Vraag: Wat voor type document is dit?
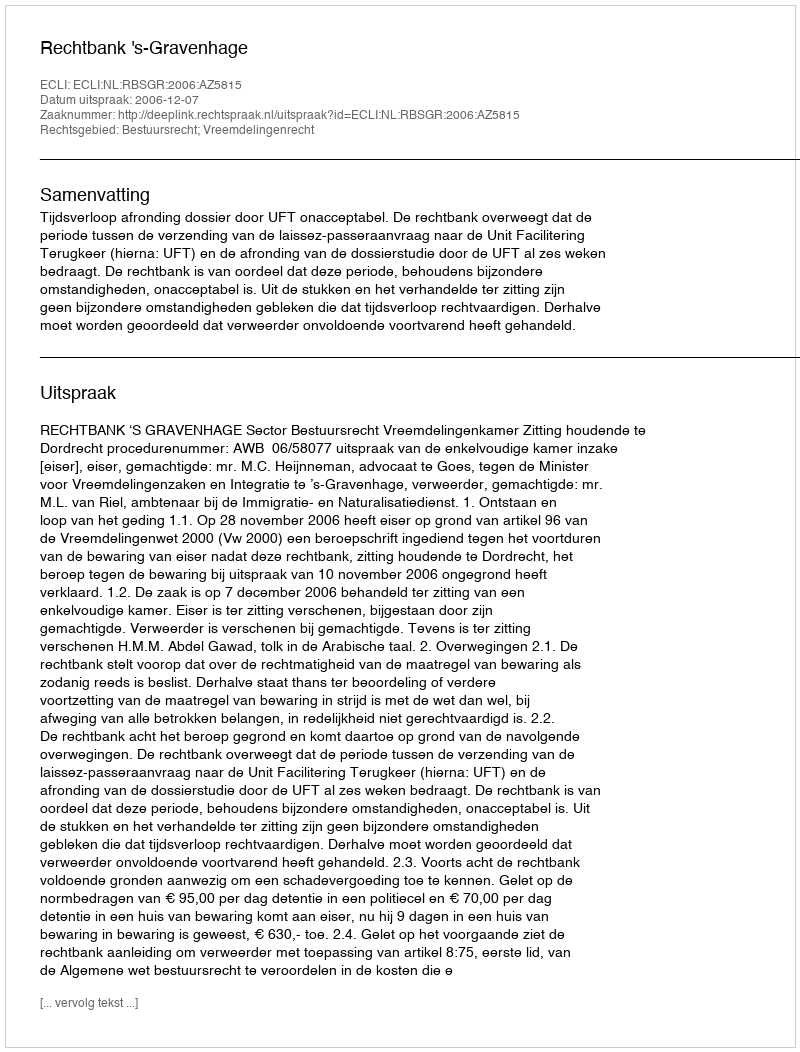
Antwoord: Uitspraak